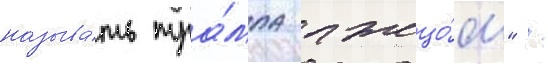
называ́ть тра́мпа лжецо́м" /